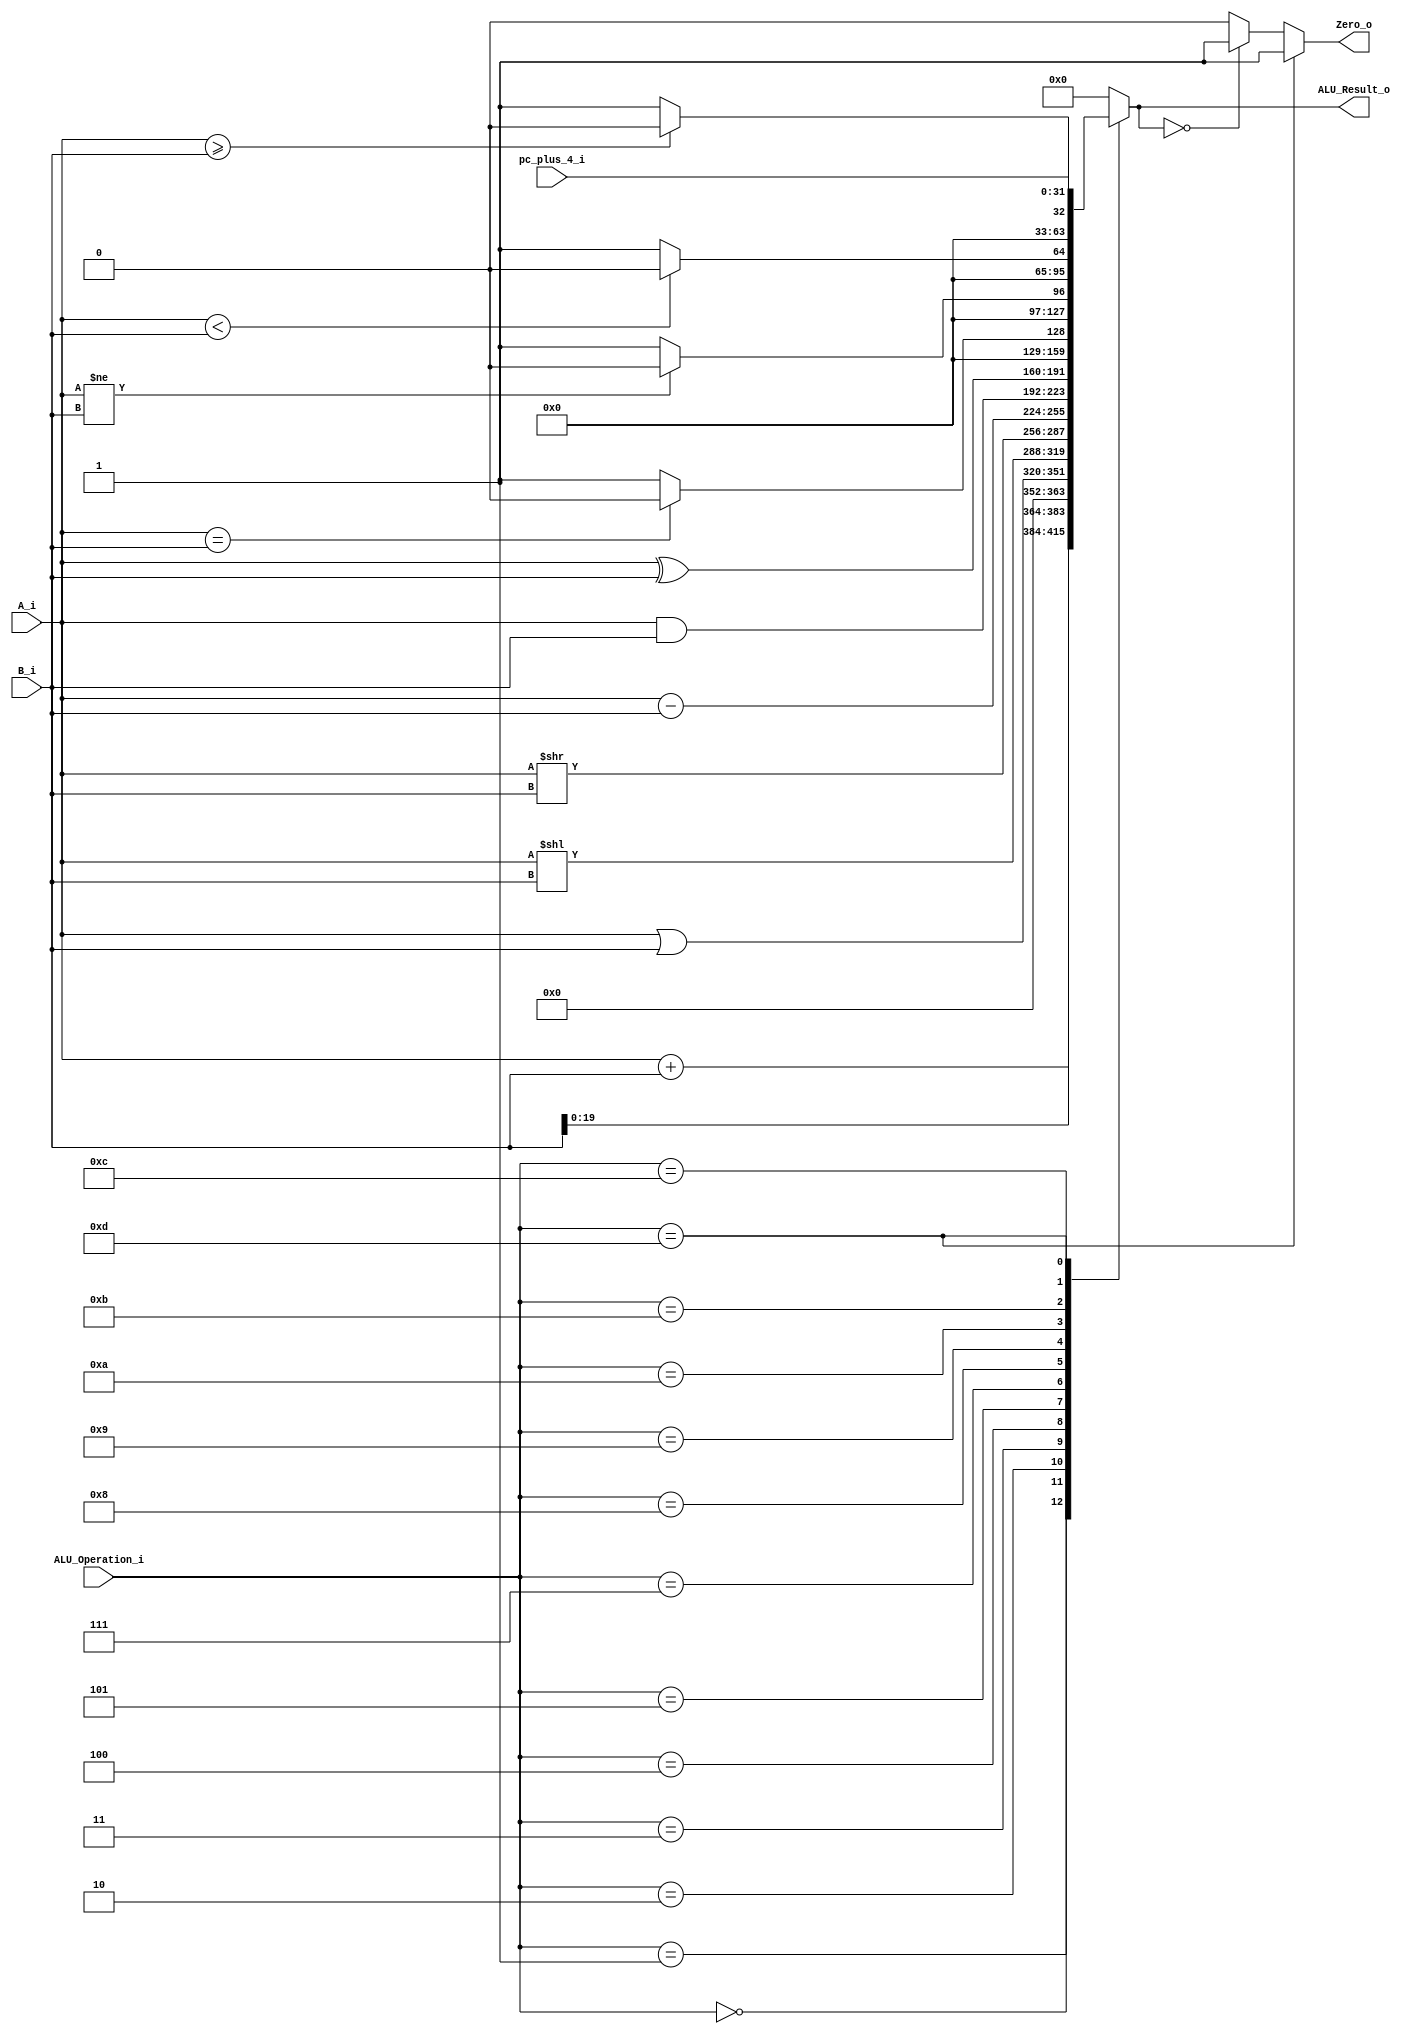
/******************************************************************
* Description
*	This is an 32-bit arithetic logic unit that can execute the next set of operations:
*		add

* This ALU is written by using behavioral description.
* Version:
*	1.0
* Author:
*	Dr. Jos Luis Pizano Escalante
* email:
*	luispizano@iteso.mx
* Date:
*	16/08/2021
******************************************************************/

module ALU 
(
	input [3:0] ALU_Operation_i,
	input signed [31:0] A_i,
	input signed [31:0] B_i,
	input [31:0] pc_plus_4_i,			//agregado para el caso de jal
	output reg Zero_o,
	output reg [31:0] ALU_Result_o
);

localparam ADD = 4'b0000;
localparam LUI = 4'b0001;
localparam ORI = 4'b0010;
localparam SLLI = 4'b0011;
localparam SRLI = 4'b0100;
localparam SUB = 4'b0101;
localparam AND = 4'b0111;
localparam XOR = 4'b1000;
localparam BEQ = 4'b1001;
localparam BNE = 4'b1010;
localparam BLT = 4'b1011;
localparam BGE = 4'b1100;
localparam JAL = 4'b1101;
   
   always @ (A_i or B_i or ALU_Operation_i or pc_plus_4_i)
     begin
		case (ALU_Operation_i)
		ADD:	// Add
			ALU_Result_o = A_i + B_i;
		LUI:
			ALU_Result_o = B_i << 12;
		ORI:
			ALU_Result_o = A_i | B_i;
		SLLI:
			ALU_Result_o = A_i << B_i;
		SRLI:
			ALU_Result_o = A_i >> B_i;
		SUB:
			ALU_Result_o = A_i - B_i;
		AND:
			ALU_Result_o = A_i & B_i;
		XOR:
			ALU_Result_o = A_i ^ B_i;
		BEQ:
			ALU_Result_o = (A_i == B_i) ? 0 : 1;
		BNE:
			ALU_Result_o = (A_i != B_i) ? 0 : 1;
		BLT:
			ALU_Result_o = (A_i < B_i) ? 0 : 1;
		BGE:
			ALU_Result_o = (A_i >= B_i) ? 0 : 1;
		JAL:
			ALU_Result_o = pc_plus_4_i;

	
		default:
			ALU_Result_o = 0;
		endcase // case(control)
		
		if(ALU_Operation_i == 4'b1101)
			Zero_o = 1'b1;
		else if(ALU_Result_o == 0)
			Zero_o = 1'b1;
		else
			Zero_o = 1'b0;
		
		//Zero_o = (ALU_Result_o == 0) ? 1'b1 : 1'b0;
		//Zero_o = (ALU_Operation_i == 4'b1101) ? 1'b1 : 1'b0;	// para saltar si es jal
		
     end // always @ (A or B or control)
endmodule // ALU